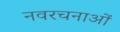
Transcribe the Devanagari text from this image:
नवरचनाओं